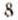
8